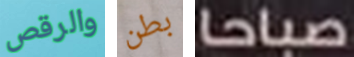
والرقص بطن صباحا